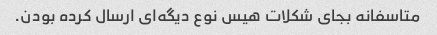
متاسفانه بجای شکلات هیس نوع دیگه‌ای ارسال کرده بودن.